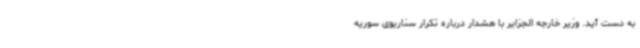
به دست آید. وزیر خارجه الجزایر با هشدار درباره تکرار سناریوی سوریه